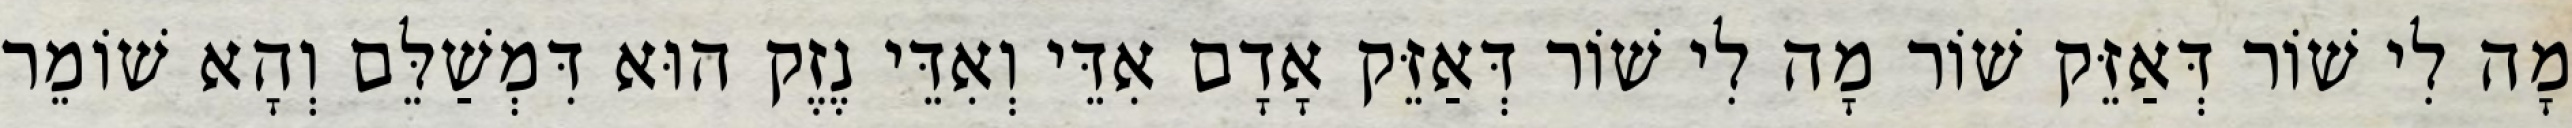
מָה לִי שׁוֹר דְּאַזֵּק שׁוֹר מָה לִי שׁוֹר דְּאַזֵּק אָדָם אִדֵּי וְאִדֵּי נֶזֶק הוּא דִּמְשַׁלֵּם וְהָא שׁוֹמֵר